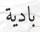
بادية